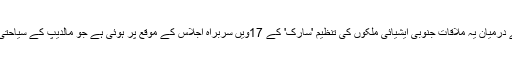
دونوں وزرائے اعظم کے درمیان یہ ملاقات جنوبی ایشیائی ملکوں کی تنظیم 'سارک' کے 17ویں سربراہ اجلاس کے موقع پر ہوئی ہے جو مالدیپ کے سیاحتی مقام 'ادو' میں ہورہا ہے۔